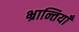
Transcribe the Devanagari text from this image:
भ्रान्तियाँ